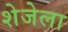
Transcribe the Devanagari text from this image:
शेजेला